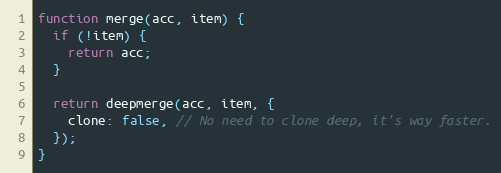
Language: JavaScript
function merge(acc, item) {
  if (!item) {
    return acc;
  }

  return deepmerge(acc, item, {
    clone: false, // No need to clone deep, it's way faster.
  });
}